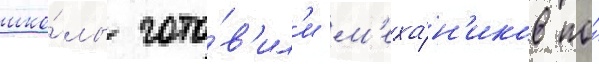
шко́лы гото́в'ил'и м'еха́н'иков по́